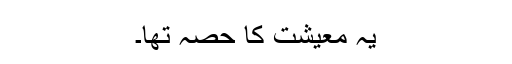
یہ معیشت کا حصہ تھا۔